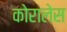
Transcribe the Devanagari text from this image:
कोरालेस